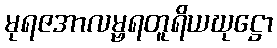
မုရဇအာလမ္ဗရတူရိယဃုဋ္ဌော